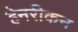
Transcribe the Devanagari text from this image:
हेनरीकन